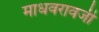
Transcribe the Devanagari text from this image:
माधवरावजी